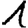
Digit: 1